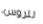
للروس